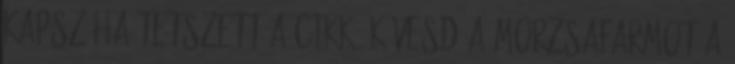
kapsz Ha tetszett a cikk, kövesd a Morzsafarmot a